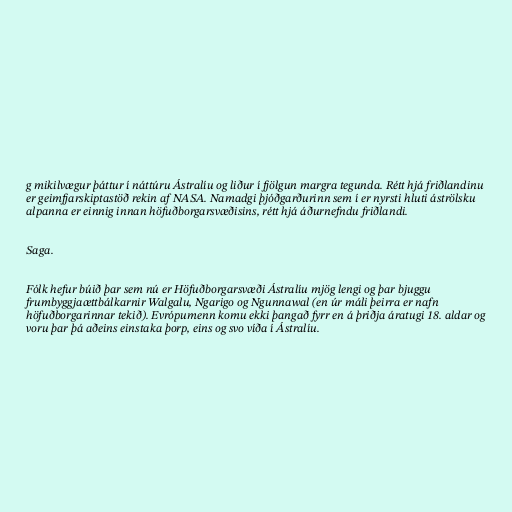
g mikilvægur þáttur í náttúru Ástralíu og liður í fjölgun margra tegunda. Rétt hjá friðlandinu
er geimfjarskiptastöð rekin af NASA. Namadgi þjóðgarðurinn sem í er nyrsti hluti áströlsku
alpanna er einnig innan höfuðborgarsvæðisins, rétt hjá áðurnefndu friðlandi.

Saga.

Fólk hefur búið þar sem nú er Höfuðborgarsvæði Ástralíu mjög lengi og þar bjuggu
frumbyggjaættbálkarnir Walgalu, Ngarigo og Ngunnawal (en úr máli þeirra er nafn
höfuðborgarinnar tekið). Evrópumenn komu ekki þangað fyrr en á þriðja áratugi 18. aldar og
voru þar þá aðeins einstaka þorp, eins og svo víða í Ástralíu.